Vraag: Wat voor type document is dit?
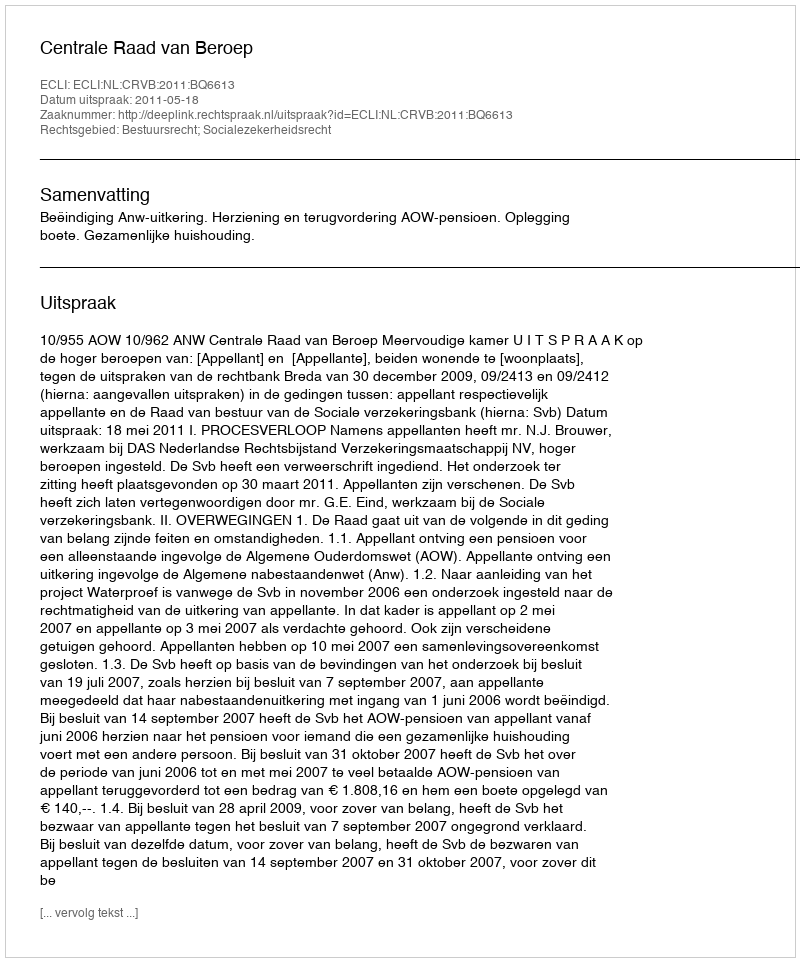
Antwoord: Uitspraak